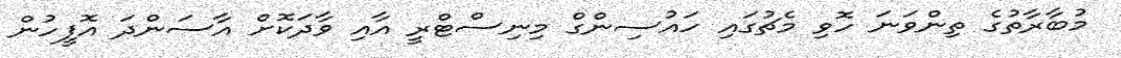
މުބާރާތުގެ ތިންވަނަ ހޮވި މެޗުގައި ހައުސިންގް މިނިސްޓްރީ އާއި ވާދަކޮށް އާސަންދަ އޮފީހުން